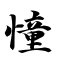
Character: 憧